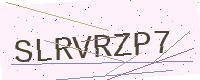
Text: SLRVRZP7